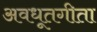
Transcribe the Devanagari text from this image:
अवधूतगीता